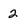
Character: 2